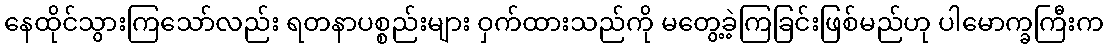
နေထိုင်သွားကြသော်လည်း ရတနာပစ္စည်းများ ဝှက်ထားသည်ကို မတွေ့ခဲ့ကြခြင်းဖြစ်မည်ဟု ပါမောက္ခကြီးက